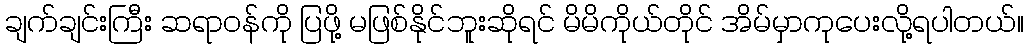
ချက်ချင်းကြီး ဆရာဝန်ကို ပြဖို့ မဖြစ်နိုင်ဘူးဆိုရင် မိမိကိုယ်တိုင် အိမ်မှာကုပေးလို့ရပါတယ်။